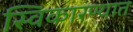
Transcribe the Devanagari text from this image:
स्विकारण्यात